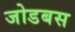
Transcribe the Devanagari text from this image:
जोडबस